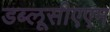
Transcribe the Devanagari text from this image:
डब्लूसीएएम